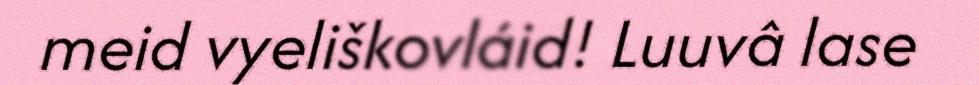
meid vyeliškovláid! Luuvâ lase